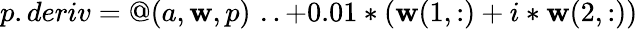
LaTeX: p.deriv=@(a,\mathbf{w},p)\, \, ..+0.01*(\mathbf{w}(1,:)+i*\mathbf{w}(2,:))